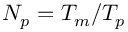
N _ { p } = T _ { m } / T _ { p }